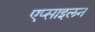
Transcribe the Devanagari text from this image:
एप्साइलन